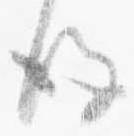
後